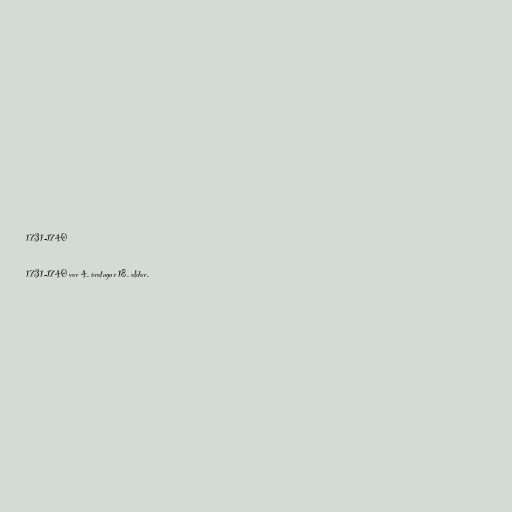
1731-1740

1731-1740 var 4. áratugur 18. aldar.